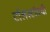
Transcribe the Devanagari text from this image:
टॉलस्टॉयची